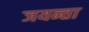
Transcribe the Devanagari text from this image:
जयन्ता